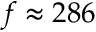
f \approx 2 8 6